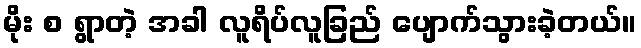
မိုး စ ရွာတဲ့ အခါ လူရိပ်လူခြည် ပျောက်သွားခဲ့တယ်။